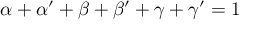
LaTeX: \alpha + \alpha ^ { \prime } + \beta + \beta ^ { \prime } + \gamma + \gamma ^ { \prime } = 1